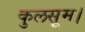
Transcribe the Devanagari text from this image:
कुलसूम।